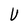
Character: U